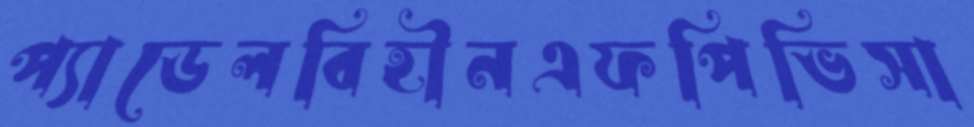
প্যাডেলবিহীনএফপিভিসা